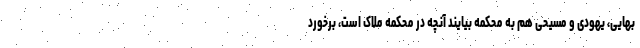
بهایی، یهودی و مسیحی هم به محکمه بیایند آنچه در محکمه ملاک است، برخورد